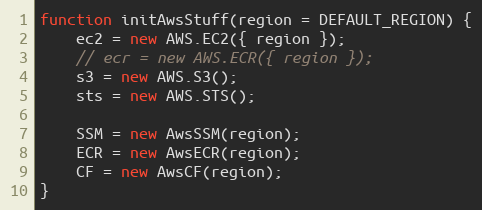
Language: JavaScript
function initAwsStuff(region = DEFAULT_REGION) {
    ec2 = new AWS.EC2({ region });
    // ecr = new AWS.ECR({ region });
    s3 = new AWS.S3();
    sts = new AWS.STS();

    SSM = new AwsSSM(region);
    ECR = new AwsECR(region);
    CF = new AwsCF(region);
}